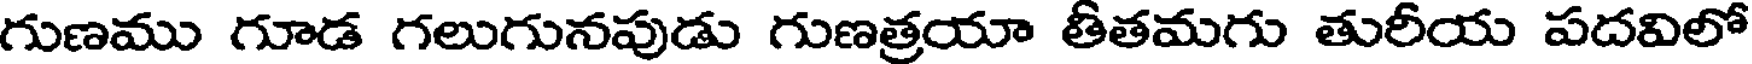
గుణము గూడ గలుగునపుడు గుణత్రయా తీతమగు తురీయ పదవిలో